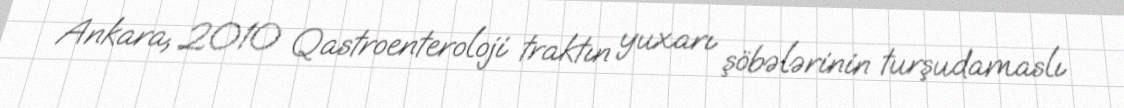
Ankara, 2010 Qastroenteroloji traktın yuxarı şöbələrinin turşudamaslı